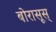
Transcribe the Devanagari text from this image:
बोरासूस्